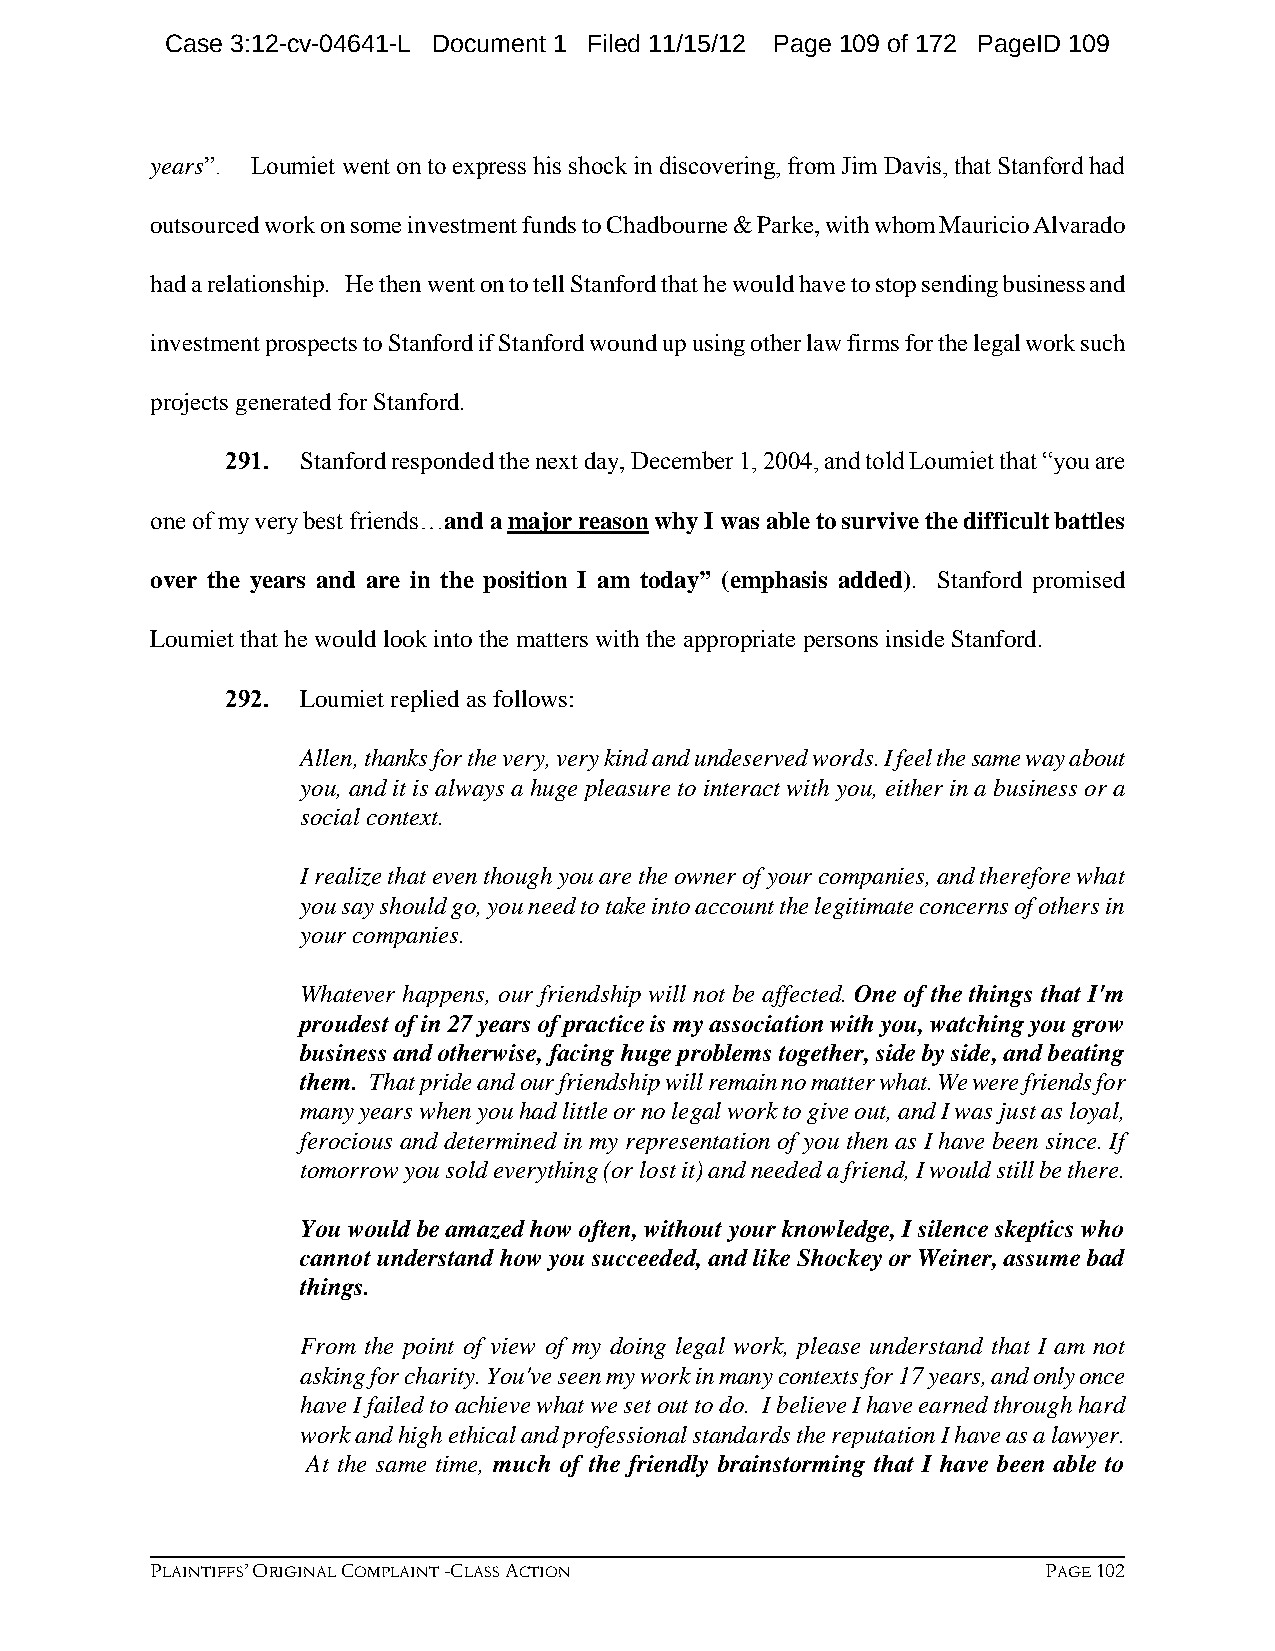
Case 3:12-cv-04641-L Document 1 Filed 11/15/12 Page 109 of 172 PageID 109
 years”. Loumiet went on to express his shock in discovering, from Jim Davis, that Stanford had
 outsourced work on some investment funds to Chadbourne & Parke, with whom Mauricio Alvarado
 had a relationship. He then went on to tell Stanford that he would have to stop sending business and
 investment prospects to Stanford if Stanford wound up using other law firms for the legal work such
 projects generated for Stanford.
 291. Stanford responded the next day, December 1, 2004, and told Loumiet that “you are
 one of my very best friends…and a major reason why I was able to survive the difficult battles
 over the years and are in the position I am today” (emphasis added). Stanford promised
 Loumiet that he would look into the matters with the appropriate persons inside Stanford.
 292. Loumiet replied as follows:
 Allen, thanks for the very, very kind and undeserved words. I feel the same way about
 you, and it is always a huge pleasure to interact with you, either in a business or a
 social context.
 I realize that even though you are the owner of your companies, and therefore what
 you say should go, you need to take into account the legitimate concerns of others in
 your companies.
 Whatever happens, our friendship will not be affected. One of the things that I'm
 proudest of in 27 years of practice is my association with you, watching you grow
 business and otherwise, facing huge problems together, side by side, and beating
 them. That pride and our friendship will remain no matter what. We were friends for
 many years when you had little or no legal work to give out, and I was just as loyal,
 ferocious and determined in my representation of you then as I have been since. If
 tomorrow you sold everything (or lost it) and needed a friend, I would still be there.
 You would be amazed how often, without your knowledge, I silence skeptics who
 cannot understand how you succeeded, and like Shockey or Weiner, assume bad
 things.
 From the point of view of my doing legal work, please understand that I am not
 asking for charity. You've seen my work in many contexts for 17 years, and only once
 have I failed to achieve what we set out to do. I believe I have earned through hard
 work and high ethical and professional standards the reputation I have as a lawyer.
 At the same time, much of the friendly brainstorming that I have been able to
 PLAINTIFFS’ ORIGINAL COMPLAINT -CLASS ACTION               PAGE 102